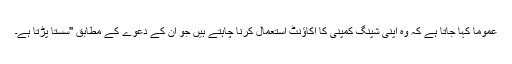
عموماً کہا جاتا ہے کہ وہ اپنی شپنگ کمپنی کا اکاؤنٹ استعمال کرنا چاہتے ہیں جو ان کے دعوے کے مطابق "سستا پڑتا ہے۔